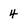
Character: 4